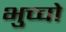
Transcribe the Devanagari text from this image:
भुच्चो